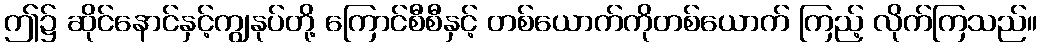
ဤ၌ ဆိုင်နောင်နှင့်ကျွနုပ်တို့ ကြောင်စီစီနှင့် တစ်ယောက်ကိုတစ်ယောက် ကြည့် လိုက်ကြသည်။